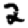
Digit: 2